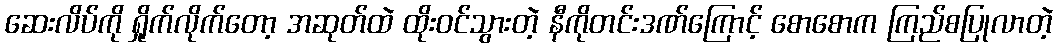
ဆေးလိပ်ကို ရှိုက်လိုက်တော့ အဆုတ်ထဲ ထိုးဝင်သွားတဲ့ နီကိုတင်းဒဏ်ကြောင့် စောစောက ကြည်စပြုလာတဲ့